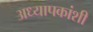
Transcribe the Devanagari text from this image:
अध्यापकांशी